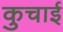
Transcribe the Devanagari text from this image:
कुचार्इ